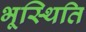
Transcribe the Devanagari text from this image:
भूस्थिति